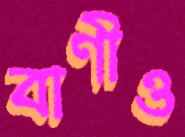
বাণীও